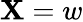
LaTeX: \mathbf{X}=w